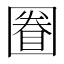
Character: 𡈕